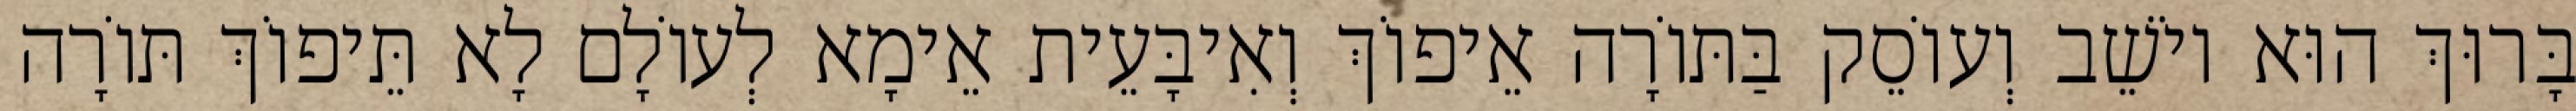
בָּרוּךְ הוּא יוֹשֵׁב וְעוֹסֵק בַּתּוֹרָה אֵיפוֹךְ וְאִיבָּעֵית אֵימָא לְעוֹלָם לָא תֵּיפוֹךְ תּוֹרָה